Medical and sanitary report of the native army of Madras for the year
Year: 1877
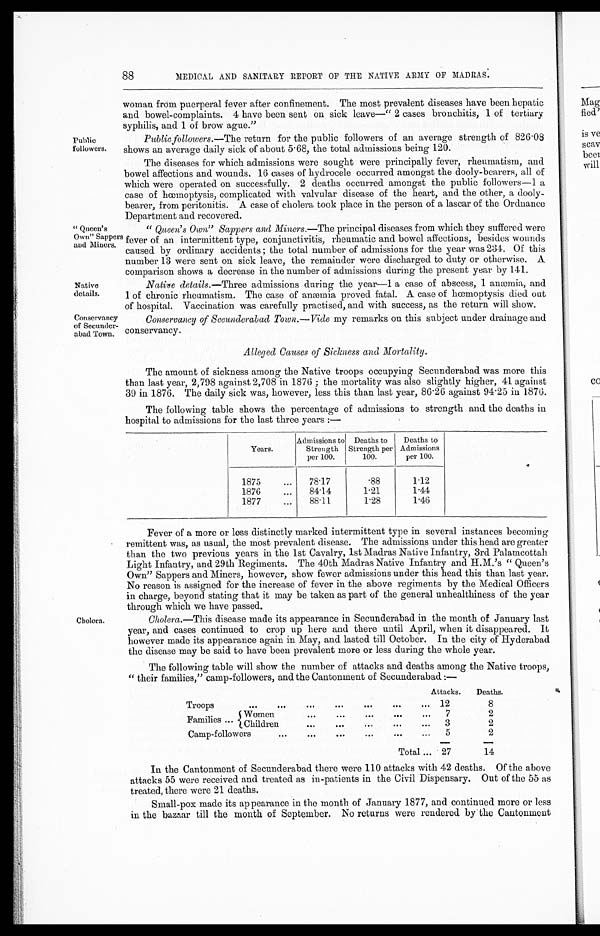
Public
followers,
" Queen's
Own" Sapper:
and Miners,
Native
details.
Conservancy
of Secunder-
abad Town,
88
MEDICAL AND SANITARY REPORT OF THE NATIVE ARMY OF MADRAS.
woman from puerperal fever after confinement. The most prevalent diseases have been hepatic
and bowel-complaints. 4 have been sent on sick leave—" 2 cases bronchitis, 1 of tertiary
syphilis, and 1 of brow ague."
Public followers.—The return for the public followers of an average strength of 826.08
shows an average daily sick of about 5 . 68, the total admissions being 120.
The diseases for which admissions were sought were principally fever, rheumatism, and
bowel affections and wounds. 16 cases of hydrocele occurred amongst the dooly-bearers, all of
which were operated on successfully. 2 deaths occurred amongst the public followers-1 a
case of hœmoptysis, complicated with valvular disease of the heart, and the other, a dooly
-bearer, from peritonitis. A case of cholera took place in the person of a lascar of the Ordnance
Department and recovered.
" Queen's Own" Sappers and Miners.—The principal diseases from which they suffered were
fever of an intermittent type, conjunctivitis, rheumatic and bowel affections, besides wounds
caused by ordinary accidents;the total number of admissions for the year was 234. Of this
number 13 were sent on sick leave, the remainder were discharged to duty or otherwise. A
comparison shows a decrease in the number of admissions during the present year by 141.
Native details.—Three admissions during the year-1 a case of abscess, 1 anæmia, and
1 of chronic rheumatism. The case of anemia proved fatal. A case of hœmoptysis died out
of hospital. Vaccination was carefully practised, and with success, as the return will show.
Conservancy of Secunderabad Town.—Vide my remarks on this subject under drainage and
conservancy.
Alleged Causes of Sickness and Mortality.
The amount of sickness among the Native troops occupying Secunderabad was more this
than last year, 2,798 against 2,708 in 1876 ; the mortality was also slightly higher, 41 against
39 in 1876. The daily sick was, however, less this than last year, 86 26 against 94 . 25 in 1876.
The following table shows the percentage of admissions to strength and the deaths in
hospital to admissions for the last three years :—
Years.
Admissions to
Strength
per 100.
Deaths to
Strength per
100.
Deaths to
Admissions
per 100.
1875
...
78 . 17
88
1.12
1876
...
84. 14
1.21
1.44
1877
...
88 . 11
1.28
1.46
Cholera.
Fever of a more or less distinctly marked intermittent type in several instances becoming
remittent was, as usual, the most prevalent disease. The admissions under this head are greater
than the two previous years in the 1st Cavalry, lst Madras Native Infantry, 3rd Palamcottali
Light Infantry, and 29th Regiments. The 40th Madras Native Infantry and H.M.'s " Queen's
Own" Sappers and Miners, however, show fewer admissions under this head this than last year.
No reason is assigned for the increase of fever in the above regiments by the Medical Officers
in charge, beyond stating that it may be taken as part of the general unhealthiness of the year
through which we have passed.
Cholera.—This disease made its appearance in Secunderabad in the month of January last
year, and cases continued to crop up there and there until April, when it disappeared. It
however made its appearance again in May, and lasted till October. In the city of Hyderabad
the disease may be said to have been prevalent more or less during the whole year.
The following table will show the number of attacks and deaths among the Native troops,
" their families," camp-followers, and the Cantonment of Secunderabad :—
Attacks.
Deaths.
Troops
...
...
...
...
...
...
... 12
8
...
...
...
...
...
7
2
Families am
{Women
... Children
...
...
...
3
2
Camp-followers
...
...
...
...
•..
...
5
2
Total ...
—
27
—
14
In the Cantonment of Secunderabad there were 110 attacks with 42 deaths. Of the above
attacks 55 were received and treated as in-patients in the Civil Dispensary. Out of the 55 as
treated, there were 21 deaths.
Small-pox made its appearance in the month of January 1877, and continued more or less
in the bazaar till the month of September. No returns were rendered by the Cantonment